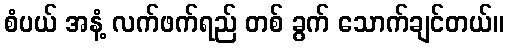
စံပယ် အနံ့ လက်ဖက်ရည် တစ် ခွက် သောက်ချင်တယ်။